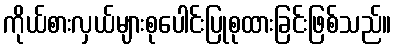
ကိုယ်စားလှယ်များစုပေါင်းပြုစုထားခြင်းဖြစ်သည်။